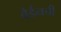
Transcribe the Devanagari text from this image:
वेर्डनची